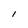
Character: i